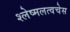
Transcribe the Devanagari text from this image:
श्लेष्मलत्वचेस